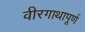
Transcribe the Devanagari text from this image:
वीरगाथापूर्ण